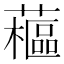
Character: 藲